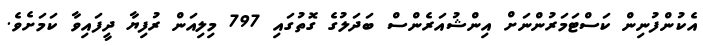
އެކުންފުނިން ކަސްޓަމަރުންނަށް އިންޝުއަރެންސް ބަދަލުގެ ގޮތުގައި 797 މިލިއަން ރުފިޔާ ދީފައިވާ ކަމަށެވެ.